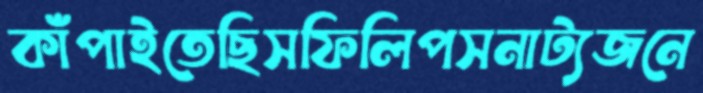
কাঁপাইতেছিসফিলিপসনাট্যজনে